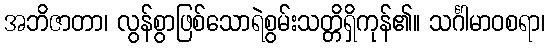
အဘိဇာတာ၊ လွန်စွာဖြစ်သောရဲစွမ်းသတ္တိရှိကုန်၏။ သင်္ဂါမာဝစရာ၊